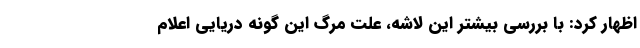
اظهار کرد: با بررسی بیشتر این لاشه، علت مرگ این گونه دریایی اعلام